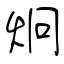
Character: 炯